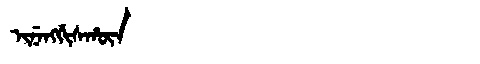
Manchu: ᡳᠨᡝᠩᡤᡳᠰᡥᡡᠨ
Romanization: INENGGISHŪN